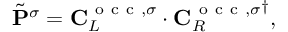
\tilde { \mathbf { P } } ^ { \sigma } = \mathbf { C } _ { L } ^ { \mathrm { ~ o ~ c ~ c ~ } , \sigma } \cdot { \mathbf { C } _ { R } ^ { \mathrm { ~ o ~ c ~ c ~ } , \sigma } } ^ { \dagger } ,